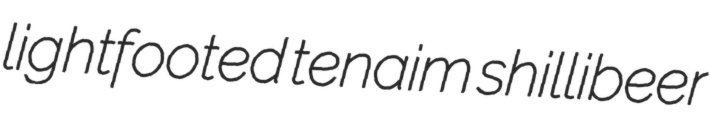
lightfooted tenaim shillibeer